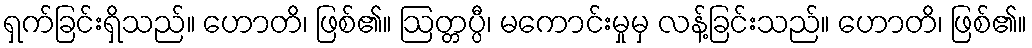
ရှက်ခြင်းရှိသည်။ ဟောတိ၊ ဖြစ်၏။ ဩတ္တပ္ပီ၊ မကောင်းမှုမှ လန့်ခြင်းသည်။ ဟောတိ၊ ဖြစ်၏။